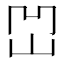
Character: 𡶓